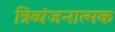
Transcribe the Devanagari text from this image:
त्रिव्यंजनात्मक